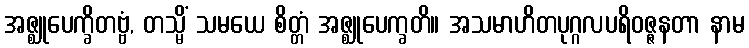
အဇ္ဈုပေက္ခိတဗ္ဗံ, တသ္မိံ သမယေ စိတ္တံ အဇ္ဈုပေက္ခတိ။ အသမာဟိတပုဂ္ဂလပရိဝဇ္ဇနတာ နာမ